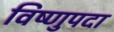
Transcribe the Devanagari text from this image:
विष्‍णुपदा